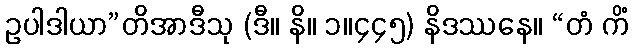
ဥပါဒါယာ”တိအာဒီသု (ဒီ။ နိ။ ၁။၄၄၅) နိဒဿနေ။ “တံ ကိံ